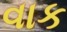
વાક